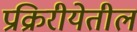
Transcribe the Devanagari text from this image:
प्रक्रिरीयेतील